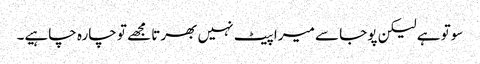
سوتو ہے لیکن پوجا سے میرا پیٹ نہیں بھرتا مجھے تو چارہ چاہیے۔